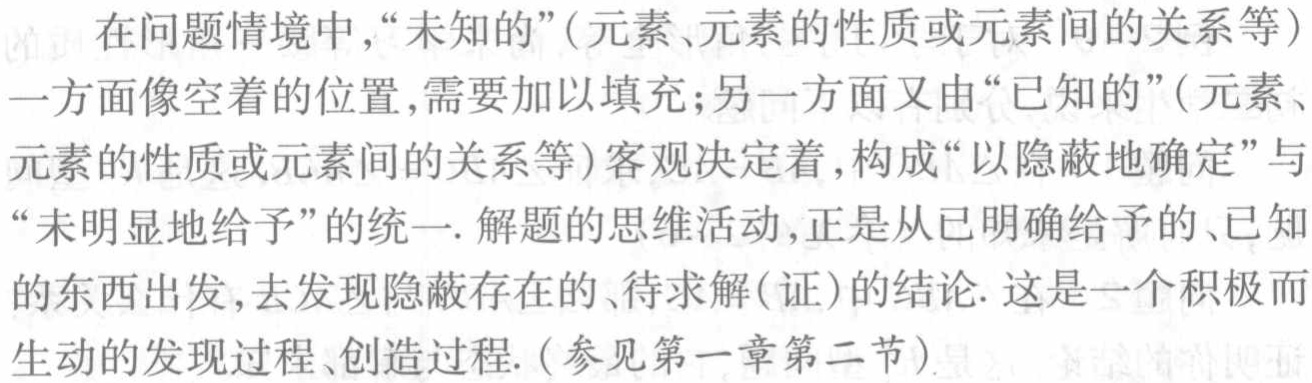
在问题情境中,“未知的”(元素、元素的性质或元素间的关系等)一方面像空着的位置,需要加以填充;另一方面又由“已知的”(元素、元素的性质或元素间的关系等)客观决定着,构成“以隐蔽地确定”与“未明显地给予”的统一. 解题的思维活动,正是从已明确给予的、已知的东西出发,去发现隐蔽存在的、待求解(证)的结论. 这是一个积极而生动的发现过程、创造过程. (参见第一章第二节)